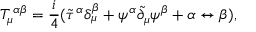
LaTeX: T _ { \mu } { } ^ { \alpha \beta } = \frac { i } { 4 } ( { { \tilde { \tau } } ^ { \alpha } } \delta _ { \mu } ^ { \beta } + \psi ^ { \alpha } { \tilde { \partial } } _ { \mu } \psi ^ { \beta } + \alpha \leftrightarrow \beta ) ,